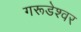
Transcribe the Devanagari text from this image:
गरूडेश्वर